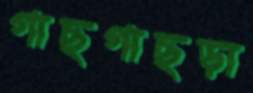
গাছগাছড়া